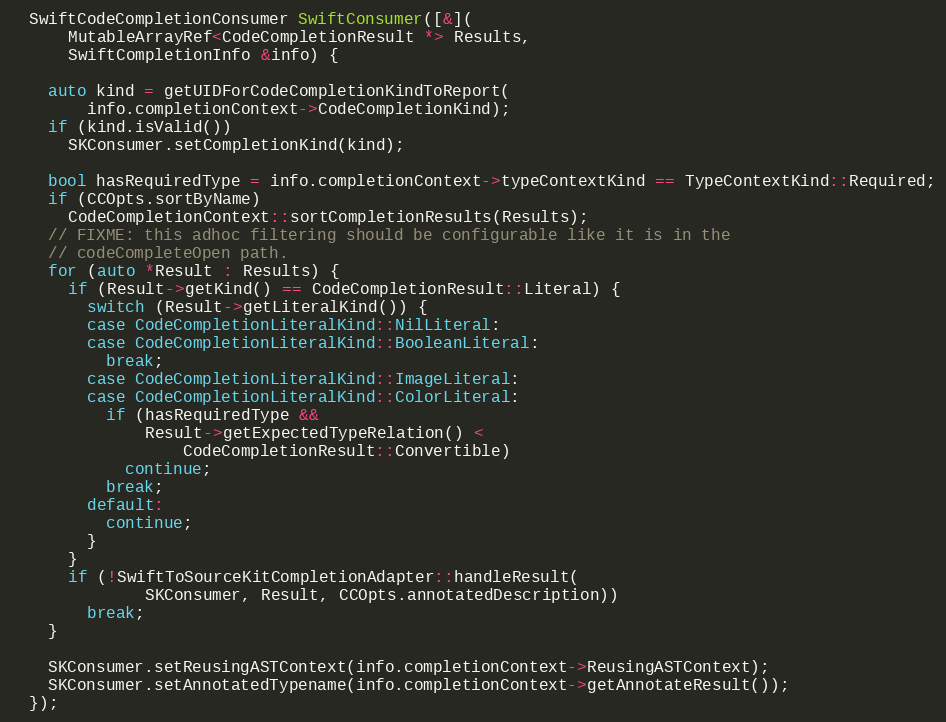
Language: C++
  SwiftCodeCompletionConsumer SwiftConsumer([&](
      MutableArrayRef<CodeCompletionResult *> Results,
      SwiftCompletionInfo &info) {

    auto kind = getUIDForCodeCompletionKindToReport(
        info.completionContext->CodeCompletionKind);
    if (kind.isValid())
      SKConsumer.setCompletionKind(kind);

    bool hasRequiredType = info.completionContext->typeContextKind == TypeContextKind::Required;
    if (CCOpts.sortByName)
      CodeCompletionContext::sortCompletionResults(Results);
    // FIXME: this adhoc filtering should be configurable like it is in the
    // codeCompleteOpen path.
    for (auto *Result : Results) {
      if (Result->getKind() == CodeCompletionResult::Literal) {
        switch (Result->getLiteralKind()) {
        case CodeCompletionLiteralKind::NilLiteral:
        case CodeCompletionLiteralKind::BooleanLiteral:
          break;
        case CodeCompletionLiteralKind::ImageLiteral:
        case CodeCompletionLiteralKind::ColorLiteral:
          if (hasRequiredType &&
              Result->getExpectedTypeRelation() <
                  CodeCompletionResult::Convertible)
            continue;
          break;
        default:
          continue;
        }
      }
      if (!SwiftToSourceKitCompletionAdapter::handleResult(
              SKConsumer, Result, CCOpts.annotatedDescription))
        break;
    }

    SKConsumer.setReusingASTContext(info.completionContext->ReusingASTContext);
    SKConsumer.setAnnotatedTypename(info.completionContext->getAnnotateResult());
  });